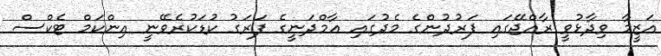
އަޒީމާ ވިދާޅުވީ ރާއްޖޭގައި ފަރުދުންގެ މެދުގައި އާމްދަނީގެ ފަރަގު ކުޑަކުރެވޭނީ އިންކަމް ޓެކްސް